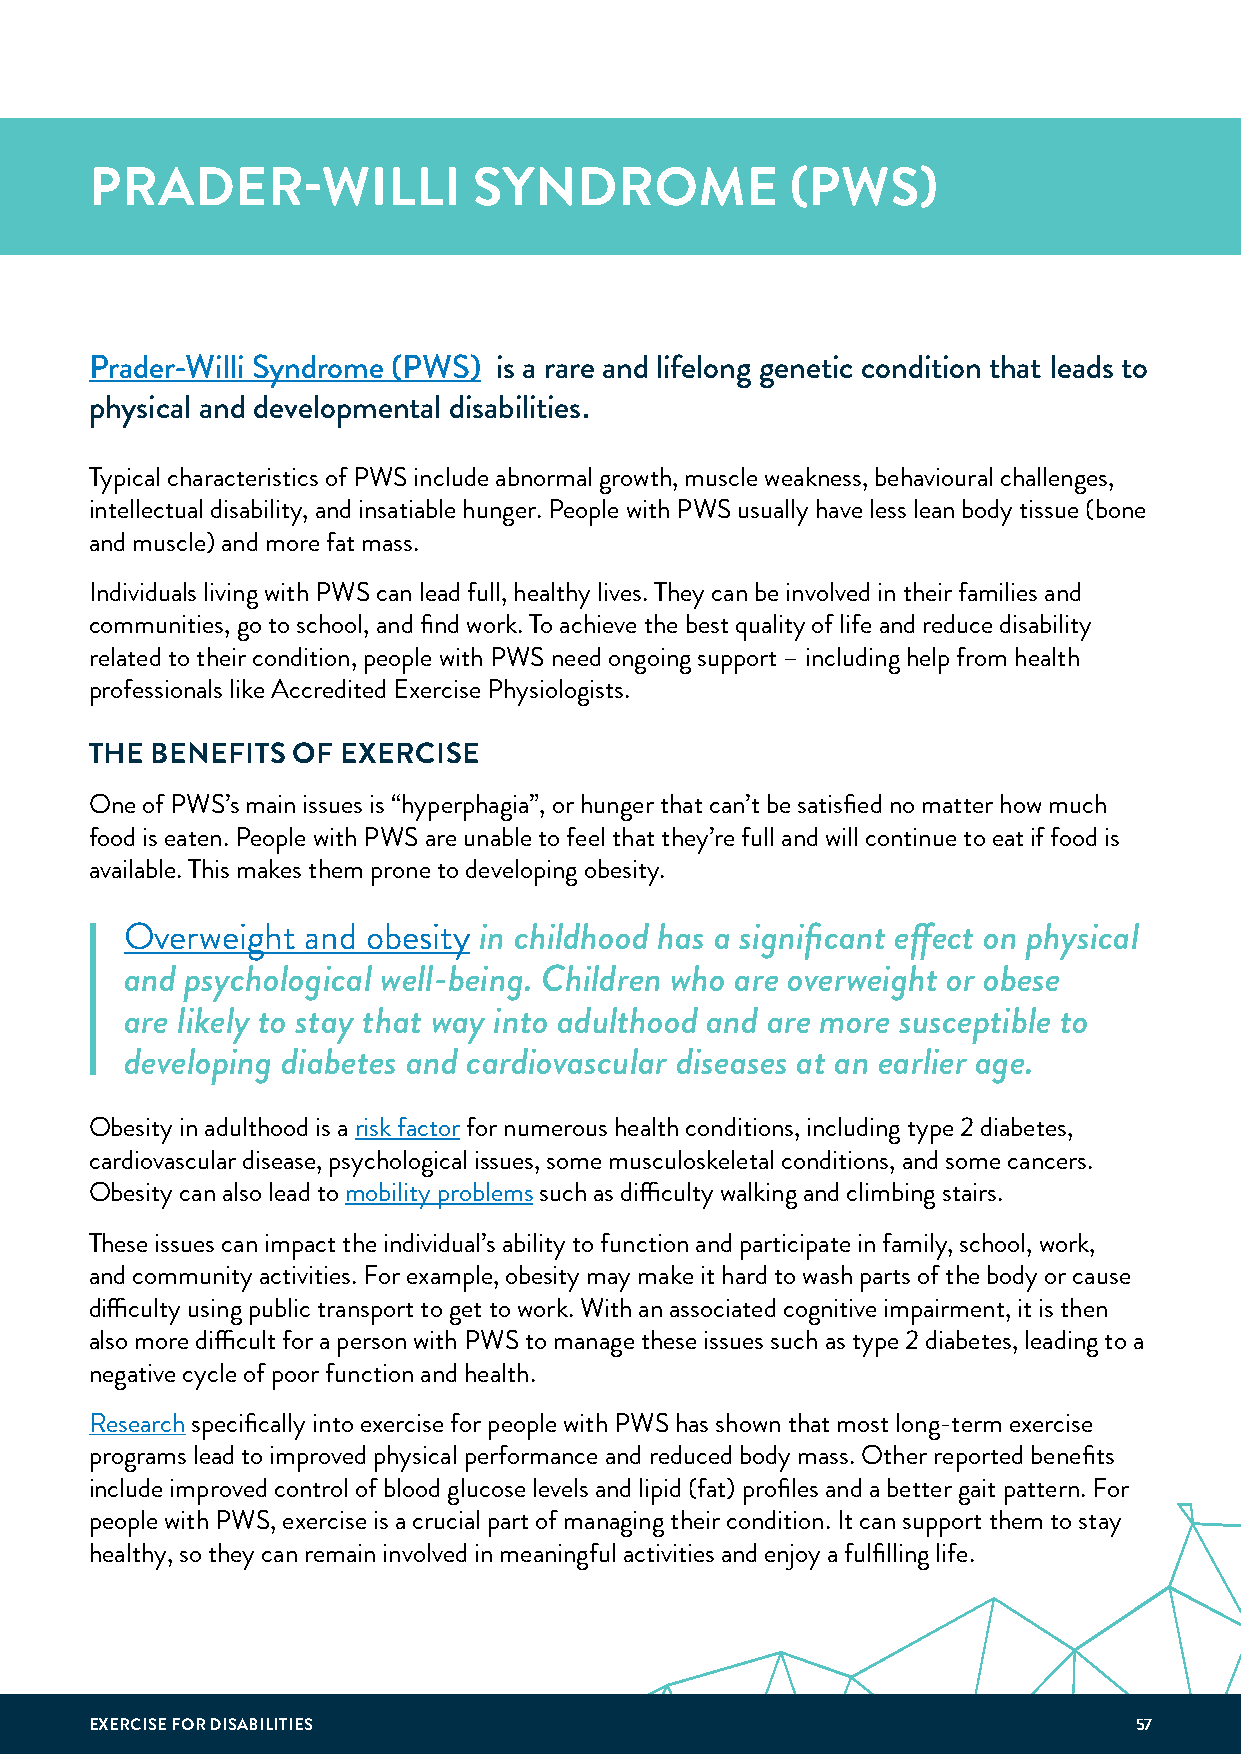
PRADER-WILLI             SYNDROME             (PWS)
 Prader-Willi Syndrome (PWS) is a rare and lifelong genetic condition that leads to
 physical and developmental disabilities.
 Typical characteristics of PWS include abnormal growth, muscle weakness, behavioural challenges,
 intellectual disability, and insatiable hunger. People with PWS usually have less lean body tissue (bone
 and muscle) and more fat mass.
 Individuals living with PWS can lead full, healthy lives. They can be involved in their families and
 communities, go to school, and find work. To achieve the best quality of life and reduce disability
 related to their condition, people with PWS need ongoing support – including help from health
 professionals like Accredited Exercise Physiologists.
 THE BENEFITS OF  EXERCISE
 One of PWS’s main issues is “hyperphagia”, or hunger that can’t be satisfied no matter how much
 food is eaten. People with PWS are unable to feel that they’re full and will continue to eat if food is
 available. This makes them prone to developing obesity.
 Overweight  and obesity in childhood has a significant effect on physical
 and psychological well-being. Children who are overweight or obese
 are likely to stay that way into adulthood and are more susceptible to
 developing diabetes and cardiovascular diseases at an earlier age.
 Obesity in adulthood is a risk factor for numerous health conditions, including type 2 diabetes,
 cardiovascular disease, psychological issues, some musculoskeletal conditions, and some cancers.
 Obesity can also lead to mobility problems such as difficulty walking and climbing stairs.
 These issues can impact the individual’s ability to function and participate in family, school, work,
 and community activities. For example, obesity may make it hard to wash parts of the body or cause
 difficulty using public transport to get to work. With an associated cognitive impairment, it is then
 also more difficult for a person with PWS to manage these issues such as type 2 diabetes, leading to a
 negative cycle of poor function and health.
 Research specifically into exercise for people with PWS has shown that most long-term exercise
 programs lead to improved physical performance and reduced body mass. Other reported benefits
 include improved control of blood glucose levels and lipid (fat) profiles and a better gait pattern. For
 people with PWS, exercise is a crucial part of managing their condition. It can support them to stay
 healthy, so they can remain involved in meaningful activities and enjoy a fulfilling life.
 EXERCISE FOR DISABILITIES                                            57